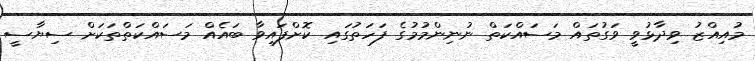
މުއިއްޒު ވިދާޅުވީ ވަގުތައް މަސައްކަތް ނުނިންމުމުގެ ފަހަތުގައި ކޮށްފައިވާ ބައެއް މަސައްކަތްތަކަށް ސިޔާސީ